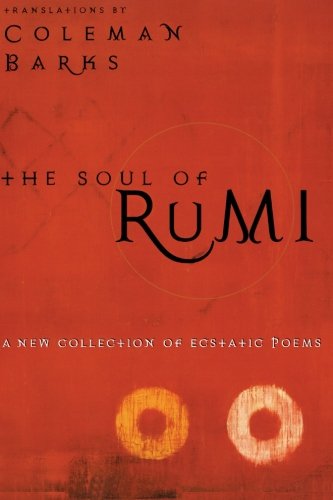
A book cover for The Soul of Rumi: A New Collection of Ecstatic Poems; Coleman Barks; Literature & Fiction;